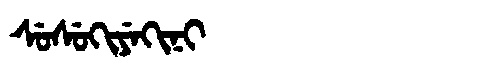
Manchu: ᠰᡠᠰᡠᡴᡳᠶᡝᡴᡳᠨᡳ
Romanization: SUSUKIYEKINI